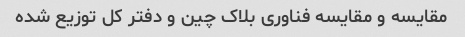
مقایسه و مقایسه فناوری بلاک چین و دفتر کل توزیع شده